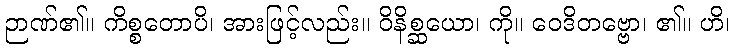
ဉာဏ်၏။ ကိစ္စတောပိ၊ အားဖြင့်လည်း။ ဝိနိစ္ဆယော၊ ကို။ ဝေဒိတဗ္ဗော၊ ၏။ ဟိ၊